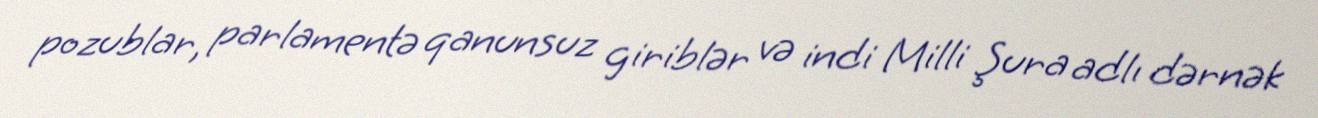
pozublar, parlamentə qanunsuz giriblər və indi Milli Şura adlı dərnək